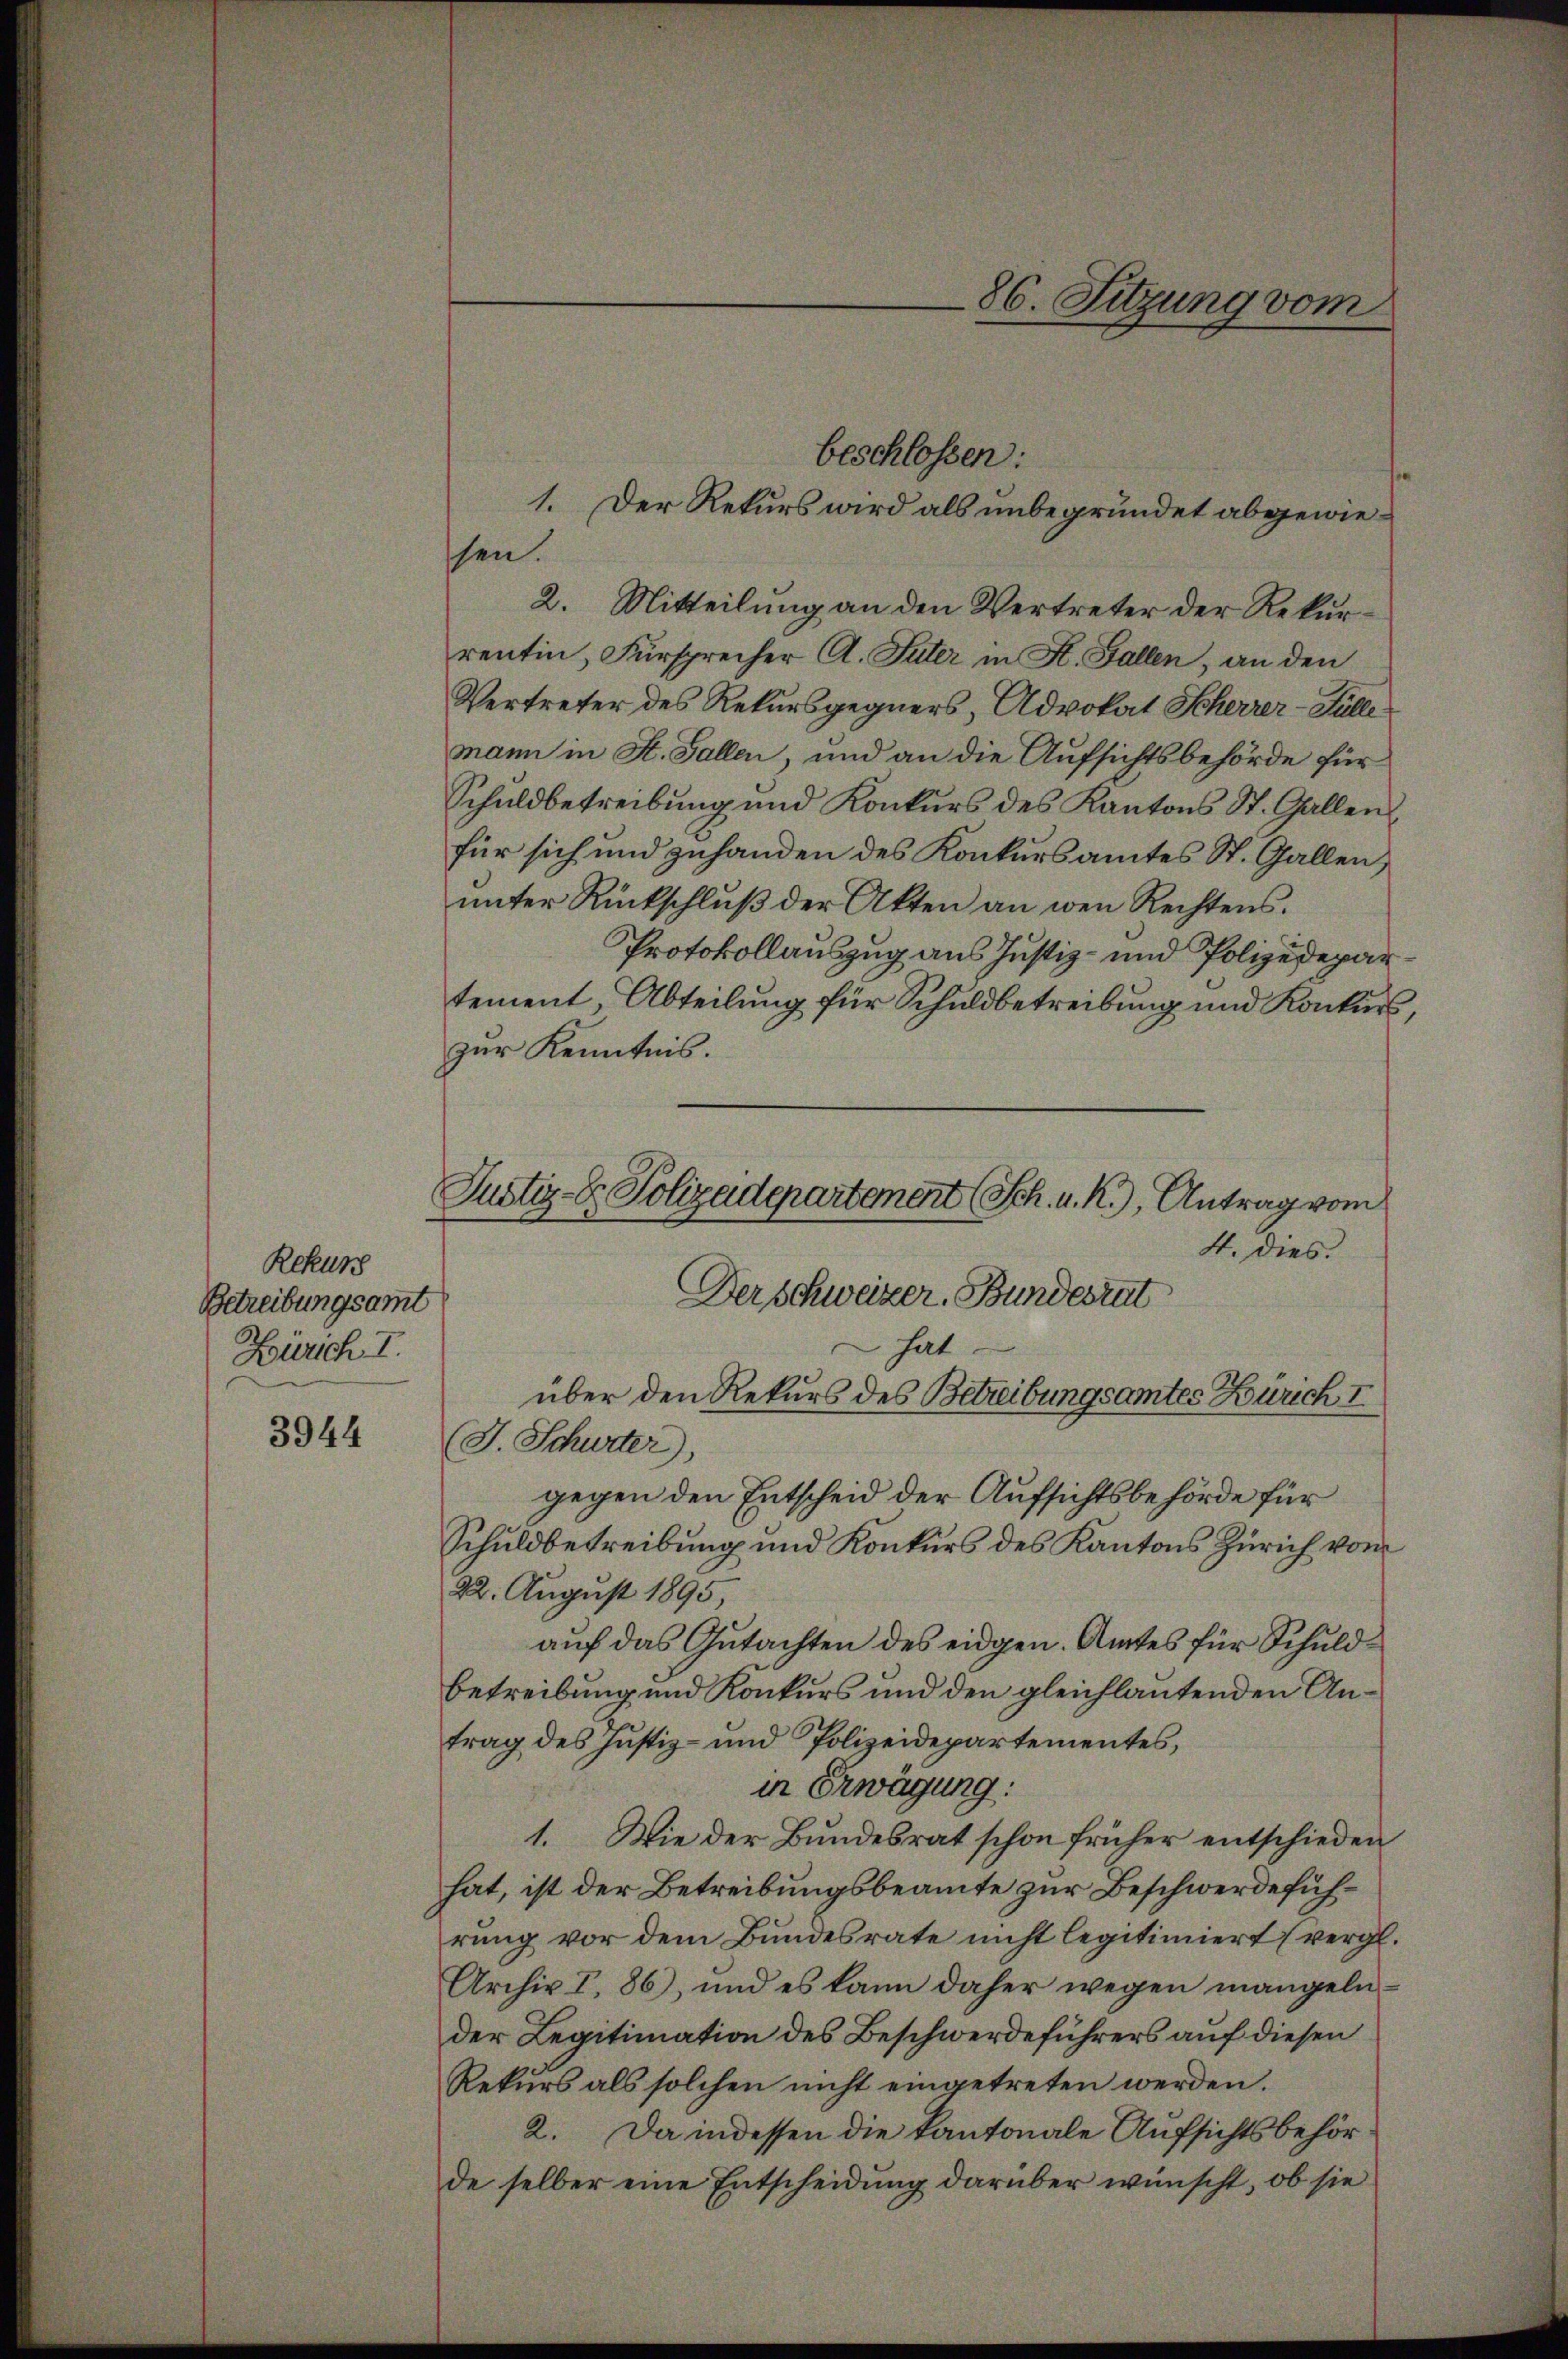
Rekur
Betreibungsamt
Zürich I.

3944

86. Sitzung vom

beschlossen:
1. Der Rekurs wird als unbegründet abgewieshen.
2. Mitteilung an den Vertreter der Rekurrentin, Fürsprecher A. Tuter in H. Fallen, an den
Vertreter des Rekursgegners, Advokat Scherrer-Hülle
mann in St. Gallen, und an die Aufsichtsbehörde für
Schuldbetreibung und Konkurs des Kantons St. Gallenfür sich und zuhanden des Konkursamtes St. Gallen,
unter Rückschluß der Akten an wen Rechtens.
Protokollauszug aus Justiz- und Polizeidepartement, Abteilung für Schuldbetreibung und Konkurs,
zur Kenntnis.

Justiz- & Polizadepartement (Sch. u. R.), Antrag vom
4. dies.
Der schweizer. Bundesrat
hat
über den Rekurs des Betreibungsamtes Zürich I

J. Schurter),
gegen den Entscheid der Aufsichtsbehörde für
Schuldbetreibung und Konkurs des Kantons Zürich vom
22. August 1895,
auf das Gutachten des eidgen. Amtes für Schuldbetreibung und Konkurs und den gleichlautenden Antrag des Justiz- und Polizeidepartementes,
in Erwägung:
1. Wie der Bundesrat schon früher entschieden
hat, ist der Betreibungsbeamte zur Beschwerdeführung vor dem Bundesrate nicht legitimiert (vergl.
Archiv I, 86), und es kann daher wegen mangeln
der Legitimation des Beschwerdeführers auf diesen
Rekurs als solchen nicht eingetreten werden.
2. Da indessen die Kantonale Aufsichtsbehörde selber eine Entscheidung darüber wünscht, ob sie